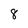
Character: 8